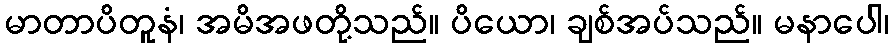
မာတာပိတူနံ၊ အမိအဖတို့သည်။ ပိယော၊ ချစ်အပ်သည်။ မနာပေါ၊